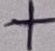
Text: +